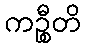
ကဉ္စီတိ